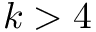
k > 4